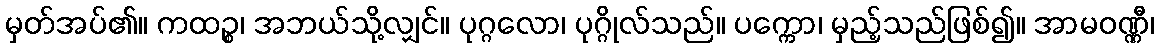
မှတ်အပ်၏။ ကထဉ္စ၊ အဘယ်သို့လျှင်။ ပုဂ္ဂလော၊ ပုဂ္ဂိုလ်သည်။ ပက္ကော၊ မှည့်သည်ဖြစ်၍။ အာမဝဏ္ဏီ၊